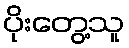
ပိုးတွေ့သူ